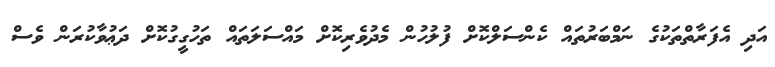
އަދި އެފަރާތްތަކުގެ ނަމްބަރުތައް ކެންސަލްކޮށް ފުލުހުން މެދުވެރިކޮށް މައްސަލަތައް ތަހުގީގުކޮށް ދަޢުވާކުރަން ވެސް